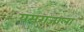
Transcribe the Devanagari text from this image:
यमराजाला